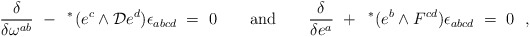
\begin{align*}\frac{\delta}{\delta \omega^{ab}} ~-~ \, {^*{\hskip -1.5pt}} \, (e^c\wedge{\cal D} e^d)\epsilon_{abcd}{}~=~ 0\qquad \hbox{and}\qquad\frac{\delta}{\delta e^a} ~+~ \, {^*{\hskip -1.5pt}}\, (e^b\wedge{}F^{cd})\epsilon_{abcd}~=~ 0\ \ ,\end{align*}